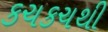
કચકચથી